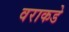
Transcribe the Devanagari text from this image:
वराकडे